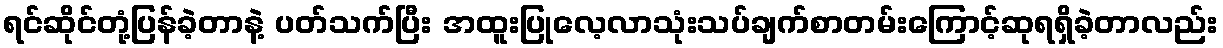
ရင်ဆိုင်တုံ့ပြန်ခဲ့တာနဲ့ ပတ်သက်ပြီး အထူးပြုလေ့လာသုံးသပ်ချက်စာတမ်းကြောင့်ဆုရရှိခဲ့တာလည်း